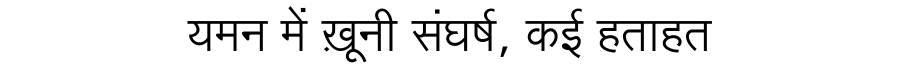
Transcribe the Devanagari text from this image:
यमन में ख़ूनी संघर्ष, कई हताहत